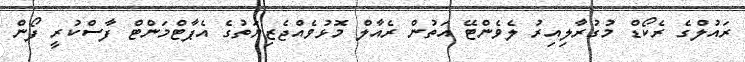
ރައުލްގެ ރެކޯޑް މުގުރާލިއިރު ލެވެންޓޭ އަތުން ރެއާލް މޮޅުވެއްޖެޒިޔަތުގެ އެޕާޓްމަންޓް ފާސްކުރީ ފޯން